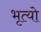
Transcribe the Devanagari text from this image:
भृत्यो